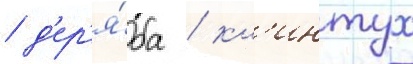
/ д'ер'я́ба / кл'интух